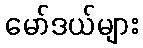
မော်ဒယ်များ